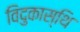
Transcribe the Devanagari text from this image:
विदुकास्थि